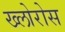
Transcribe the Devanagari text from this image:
ख्लोरोस